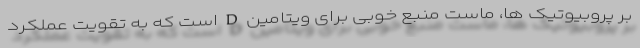
بر پروبیوتیک ها، ماست منبع خوبی برای ویتامین D است که به تقویت عملکرد